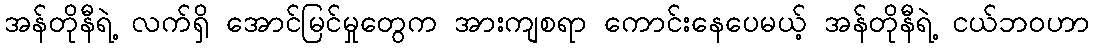
အန်တိုနီရဲ့ လက်ရှိ အောင်မြင်မှုတွေက အားကျစရာ ကောင်းနေပေမယ့် အန်တိုနီရဲ့ ငယ်ဘဝဟာ